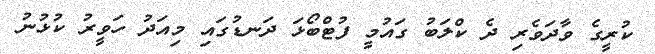
ކުރީގެ ވާދަވެރި ދެ ކްލަބު ގައުމީ ފުޓްބޯޅަ ދަނޑުގައި މިއަދު ހަވީރު ކުޅުނު